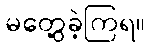
မတွေ့ခဲ့ကြရ။